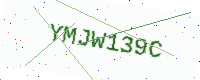
Text: YMJW139C